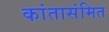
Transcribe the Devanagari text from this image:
कांतासंमित